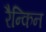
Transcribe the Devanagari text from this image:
रैन्किन